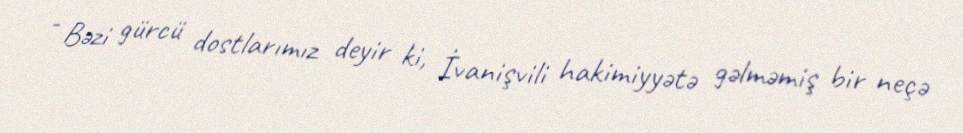
- Bəzi gürcü dostlarımız deyir ki, İvanişvili hakimiyyətə gəlməmiş bir neçə